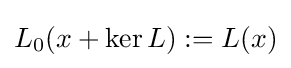
L_{0}(x+\ker L):=L(x)